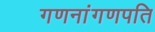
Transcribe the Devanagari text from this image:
गणनांगणपति